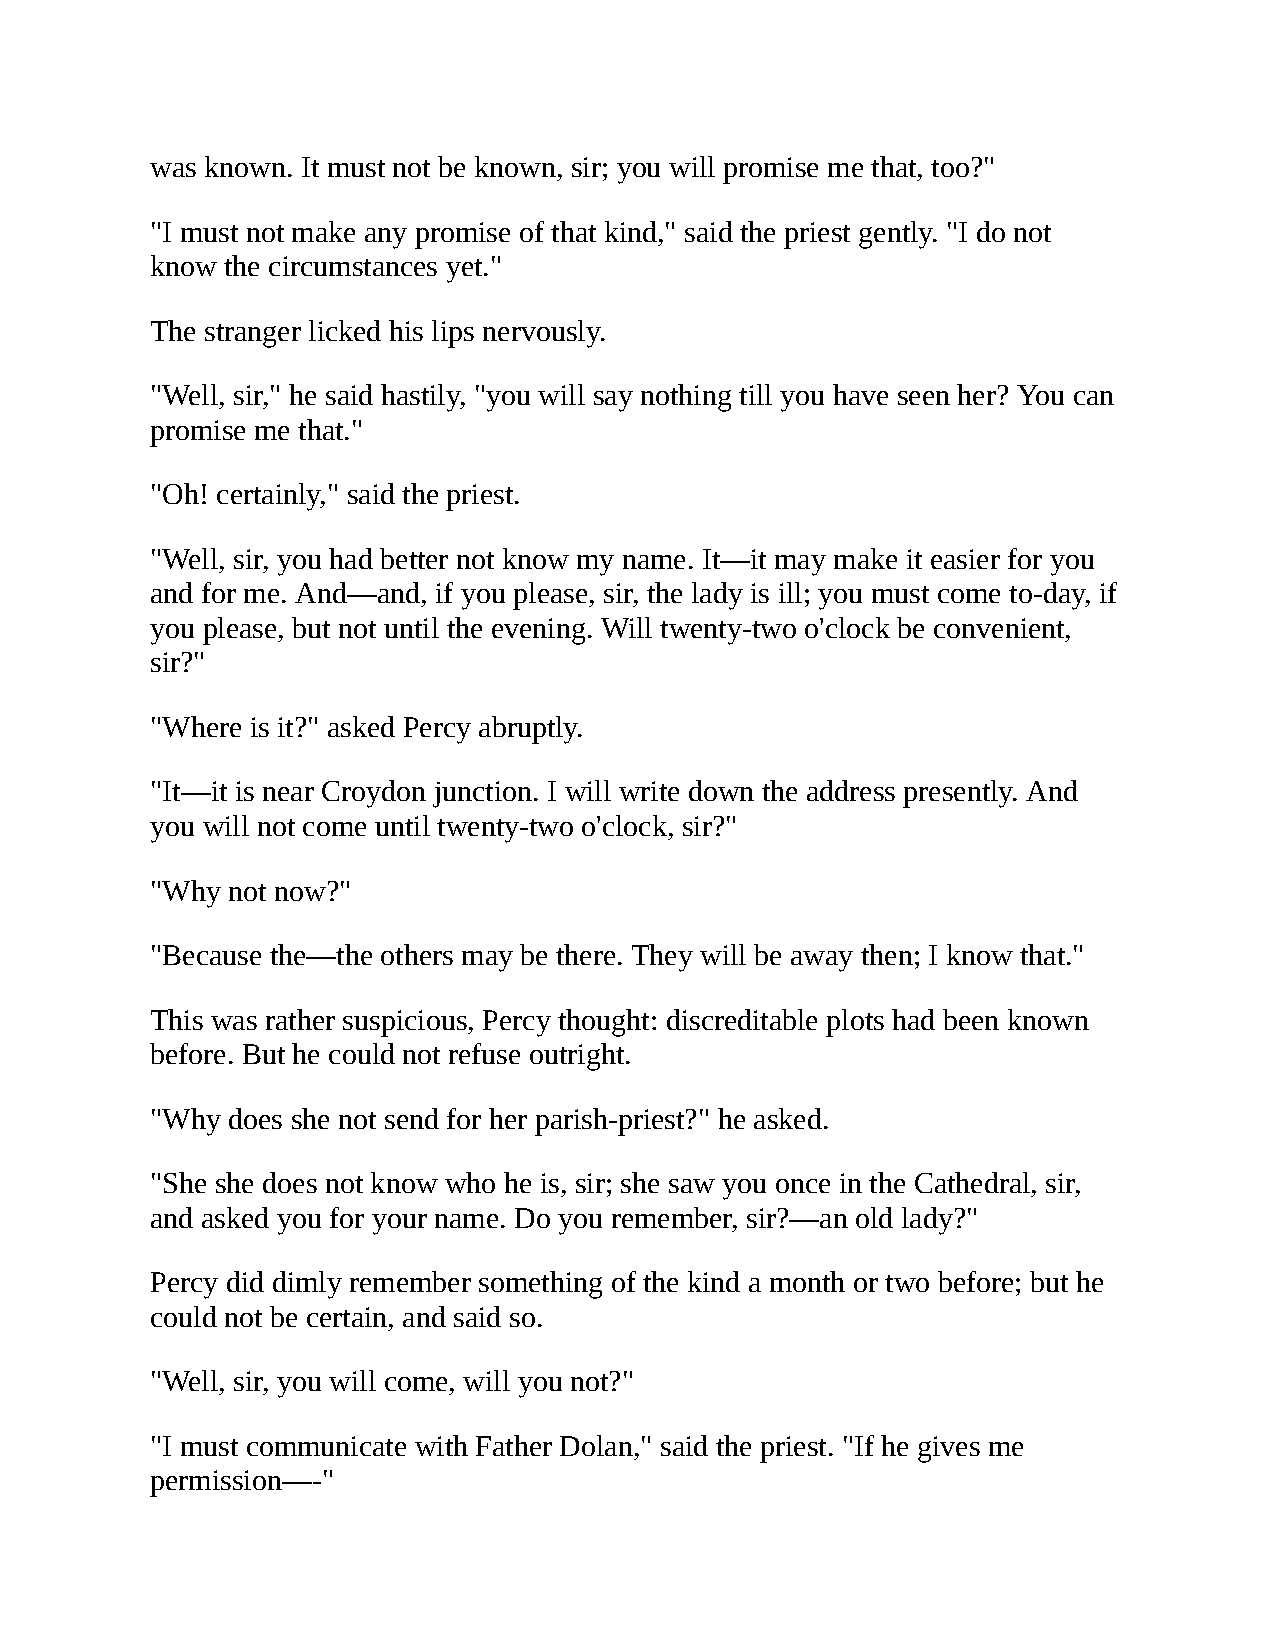
was known. It must not be known, sir; you will promise me that, too?"
 "I must not make any promise of that kind," said the priest gently. "I do not
 know the circumstances yet."
 The stranger licked his lips nervously.
 "Well, sir," he said hastily, "you will say nothing till you have seen her? You can
 promise me that."
 "Oh! certainly," said the priest.
 "Well, sir, you had better not know my name. It—it may make it easier for you
 and for me. And—and, if you please, sir, the lady is ill; you must come to-day, if
 you please, but not until the evening. Will twenty-two o'clock be convenient,
 sir?"
 "Where is it?" asked Percy abruptly.
 "It—it is near Croydon junction. I will write down the address presently. And
 you will not come until twenty-two o'clock, sir?"
 "Why not now?"
 "Because the—the others may be there. They will be away then; I know that."
 This was rather suspicious, Percy thought: discreditable plots had been known
 before. But he could not refuse outright.
 "Why does she not send for her parish-priest?" he asked.
 "She she does not know who he is, sir; she saw you once in the Cathedral, sir,
 and asked you for your name. Do you remember, sir?—an old lady?"
 Percy did dimly remember something of the kind a month or two before; but he
 could not be certain, and said so.
 "Well, sir, you will come, will you not?"
 "I must communicate with Father Dolan," said the priest. "If he gives me
 permission—-"